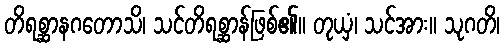
တိရစ္ဆာနဂတောသိ၊ သင်တိရစ္ဆာန်ဖြစ်၏။ တုယှံ၊ သင်အား။ သုဂတိ၊